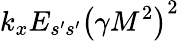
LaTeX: k_{x}E_{s^{\prime}s^{\prime}}\left(\gamma M^{2}\right)^{2}